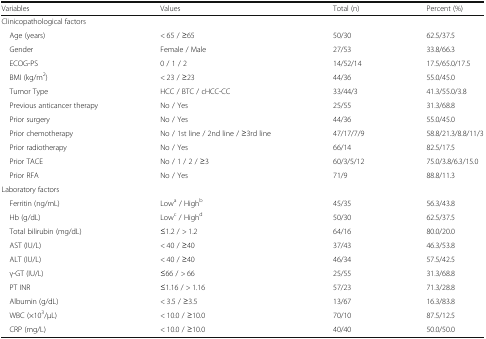
<table><thead><tr><td><b>Variables</b></td><td><b>Values</b></td><td><b>Total (n)</b></td><td><b>Percent (%)</b></td></tr></thead><tbody><tr><td colspan="4">Clinicopathological factors</td></tr><tr><td> Age (years)</td><td>&lt; 65 / ≥65</td><td>50/30</td><td>62.5/37.5</td></tr><tr><td> Gender</td><td>Female / Male</td><td>27/53</td><td>33.8/66.3</td></tr><tr><td> ECOG-PS</td><td>0 / 1 / 2</td><td>14/52/14</td><td>17.5/65.0/17.5</td></tr><tr><td> BMI (kg/m<sup>2</sup>)</td><td>&lt; 23 / ≥23</td><td>44/36</td><td>55.0/45.0</td></tr><tr><td> Tumor Type</td><td>HCC / BTC / cHCC-CC</td><td>33/44/3</td><td>41.3/55.0/3.8</td></tr><tr><td> Previous anticancer therapy</td><td>No / Yes</td><td>25/55</td><td>31.3/68.8</td></tr><tr><td> Prior surgery</td><td>No / Yes</td><td>44/36</td><td>55.0/45.0</td></tr><tr><td> Prior chemotherapy</td><td>No / 1st line / 2nd line / ≥3rd line</td><td>47/17/7/9</td><td>58.8/21.3/8.8/11/3</td></tr><tr><td> Prior radiotherapy</td><td>No / Yes</td><td>66/14</td><td>82.5/17.5</td></tr><tr><td> Prior TACE</td><td>No / 1 / 2 / ≥3</td><td>60/3/5/12</td><td>75.0/3.8/6.3/15.0</td></tr><tr><td> Prior RFA</td><td>No / Yes</td><td>71/9</td><td>88.8/11.3</td></tr><tr><td colspan="4">Laboratory factors</td></tr><tr><td> Ferritin (ng/mL)</td><td>Low<sup>a</sup> / High<sup>b</sup></td><td>45/35</td><td>56.3/43.8</td></tr><tr><td> Hb (g/dL)</td><td>Low<sup>c</sup> / High<sup>d</sup></td><td>50/30</td><td>62.5/37.5</td></tr><tr><td> Total bilirubin (mg/dL)</td><td>≤1.2 / &gt; 1.2</td><td>64/16</td><td>80.0/20.0</td></tr><tr><td> AST (IU/L)</td><td>&lt; 40 / ≥40</td><td>37/43</td><td>46.3/53.8</td></tr><tr><td> ALT (IU/L)</td><td>&lt; 40 / ≥40</td><td>46/34</td><td>57.5/42.5</td></tr><tr><td> γ-GT (IU/L)</td><td>≤66 / &gt; 66</td><td>25/55</td><td>31.3/68.8</td></tr><tr><td> PT INR</td><td>≤1.16 / &gt; 1.16</td><td>57/23</td><td>71.3/28.8</td></tr><tr><td> Albumin (g/dL)</td><td>&lt; 3.5 / ≥3.5</td><td>13/67</td><td>16.3/83.8</td></tr><tr><td> WBC (×10<sup>3</sup>/μL)</td><td>&lt; 10.0 / ≥10.0</td><td>70/10</td><td>87.5/12.5</td></tr><tr><td> CRP (mg/L)</td><td>&lt; 10.0 / ≥10.0</td><td>40/40</td><td>50.0/50.0</td></tr></tbody></table>